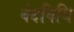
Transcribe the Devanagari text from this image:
वेदविधि